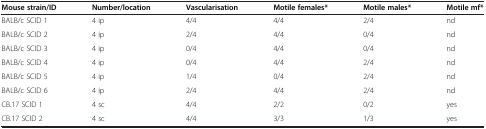
<table><thead><tr><td><b>Mouse strain/ID</b></td><td><b>Number/location</b></td><td><b>Vascularisation</b></td><td><b>Motile females*</b></td><td><b>Motile males*</b></td><td><b>Motile mf*</b></td></tr></thead><tbody><tr><td>BALB/c SCID 1</td><td>4 ip</td><td>4/4</td><td>4/4</td><td>2/4</td><td>nd</td></tr><tr><td>BALB/c SCID 2</td><td>4 ip</td><td>2/4</td><td>4/4</td><td>0/4</td><td>nd</td></tr><tr><td>BALB/c SCID 3</td><td>4 ip</td><td>0/4</td><td>4/4</td><td>0/4</td><td>nd</td></tr><tr><td>BALB/c SCID 4</td><td>4 ip</td><td>0/4</td><td>4/4</td><td>2/4</td><td>nd</td></tr><tr><td>BALB/c SCID 5</td><td>4 ip</td><td>1/4</td><td>0/4</td><td>2/4</td><td>nd</td></tr><tr><td>BALB/c SCID 6</td><td>4 ip</td><td>2/4</td><td>4/4</td><td>2/4</td><td>nd</td></tr><tr><td>CB.17 SCID 1</td><td>4 sc</td><td>4/4</td><td>2/2</td><td>0/2</td><td>yes</td></tr><tr><td>CB.17 SCID 2</td><td>4 sc</td><td>4/4</td><td>3/3</td><td>1/3</td><td>yes</td></tr></tbody></table>